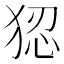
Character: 𭸑